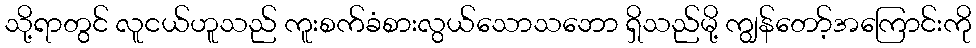
သို့ရာတွင် လူငယ်ဟူသည် ကူးစက်ခံစားလွယ်သောသဘော ရှိသည်မို့ ကျွန်တော့်အကြောင်းကို